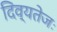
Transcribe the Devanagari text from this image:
दिव्यतेजः